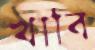
খাবি